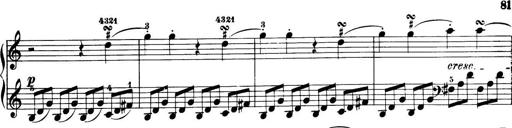
Title: 32 Sonatinas and Rondos for the Piano
Composer: Richard Kleinmichel